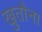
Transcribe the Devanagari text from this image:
खुतौना